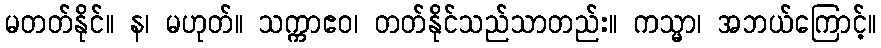
မတတ်နိုင်။ န၊ မဟုတ်။ သက္ကာဧဝ၊ တတ်နိုင်သည်သာတည်း။ ကသ္မာ၊ အဘယ်ကြောင့်။